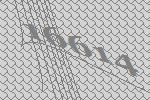
16614